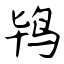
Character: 鸨